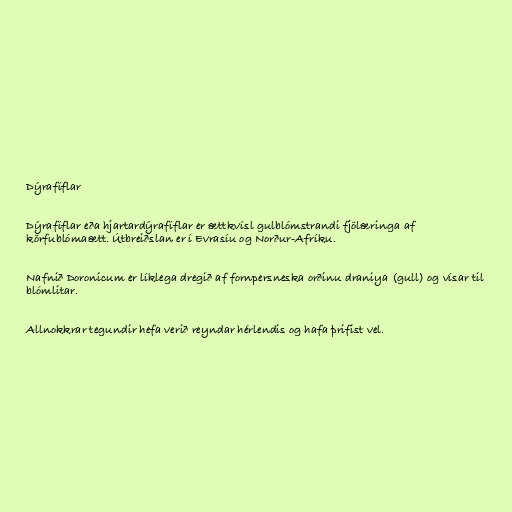
Dýrafíflar

Dýrafíflar eða hjartardýrafíflar er ættkvísl gulblómstrandi fjölæringa af
körfublómaætt. Útbreiðslan er í Evrasíu og Norður-Afríku.

Nafnið Doronicum er líklega dregið af fornpersneska orðinu draniya (gull) og vísar til
blómlitar.

Allnokkrar tegundir hefa verið reyndar hérlendis og hafa þrifist vel.